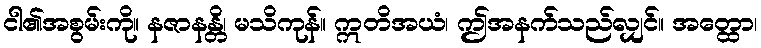
ငါ၏အစွမ်းကို။ နဇာနန္တိ၊ မသိကုန်။ ဣတိအယံ၊ ဤအနက်သည်လျှင်။ အတ္ထော၊